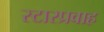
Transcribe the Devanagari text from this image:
स्टारप्रवाह